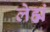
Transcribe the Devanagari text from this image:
लेह्मं